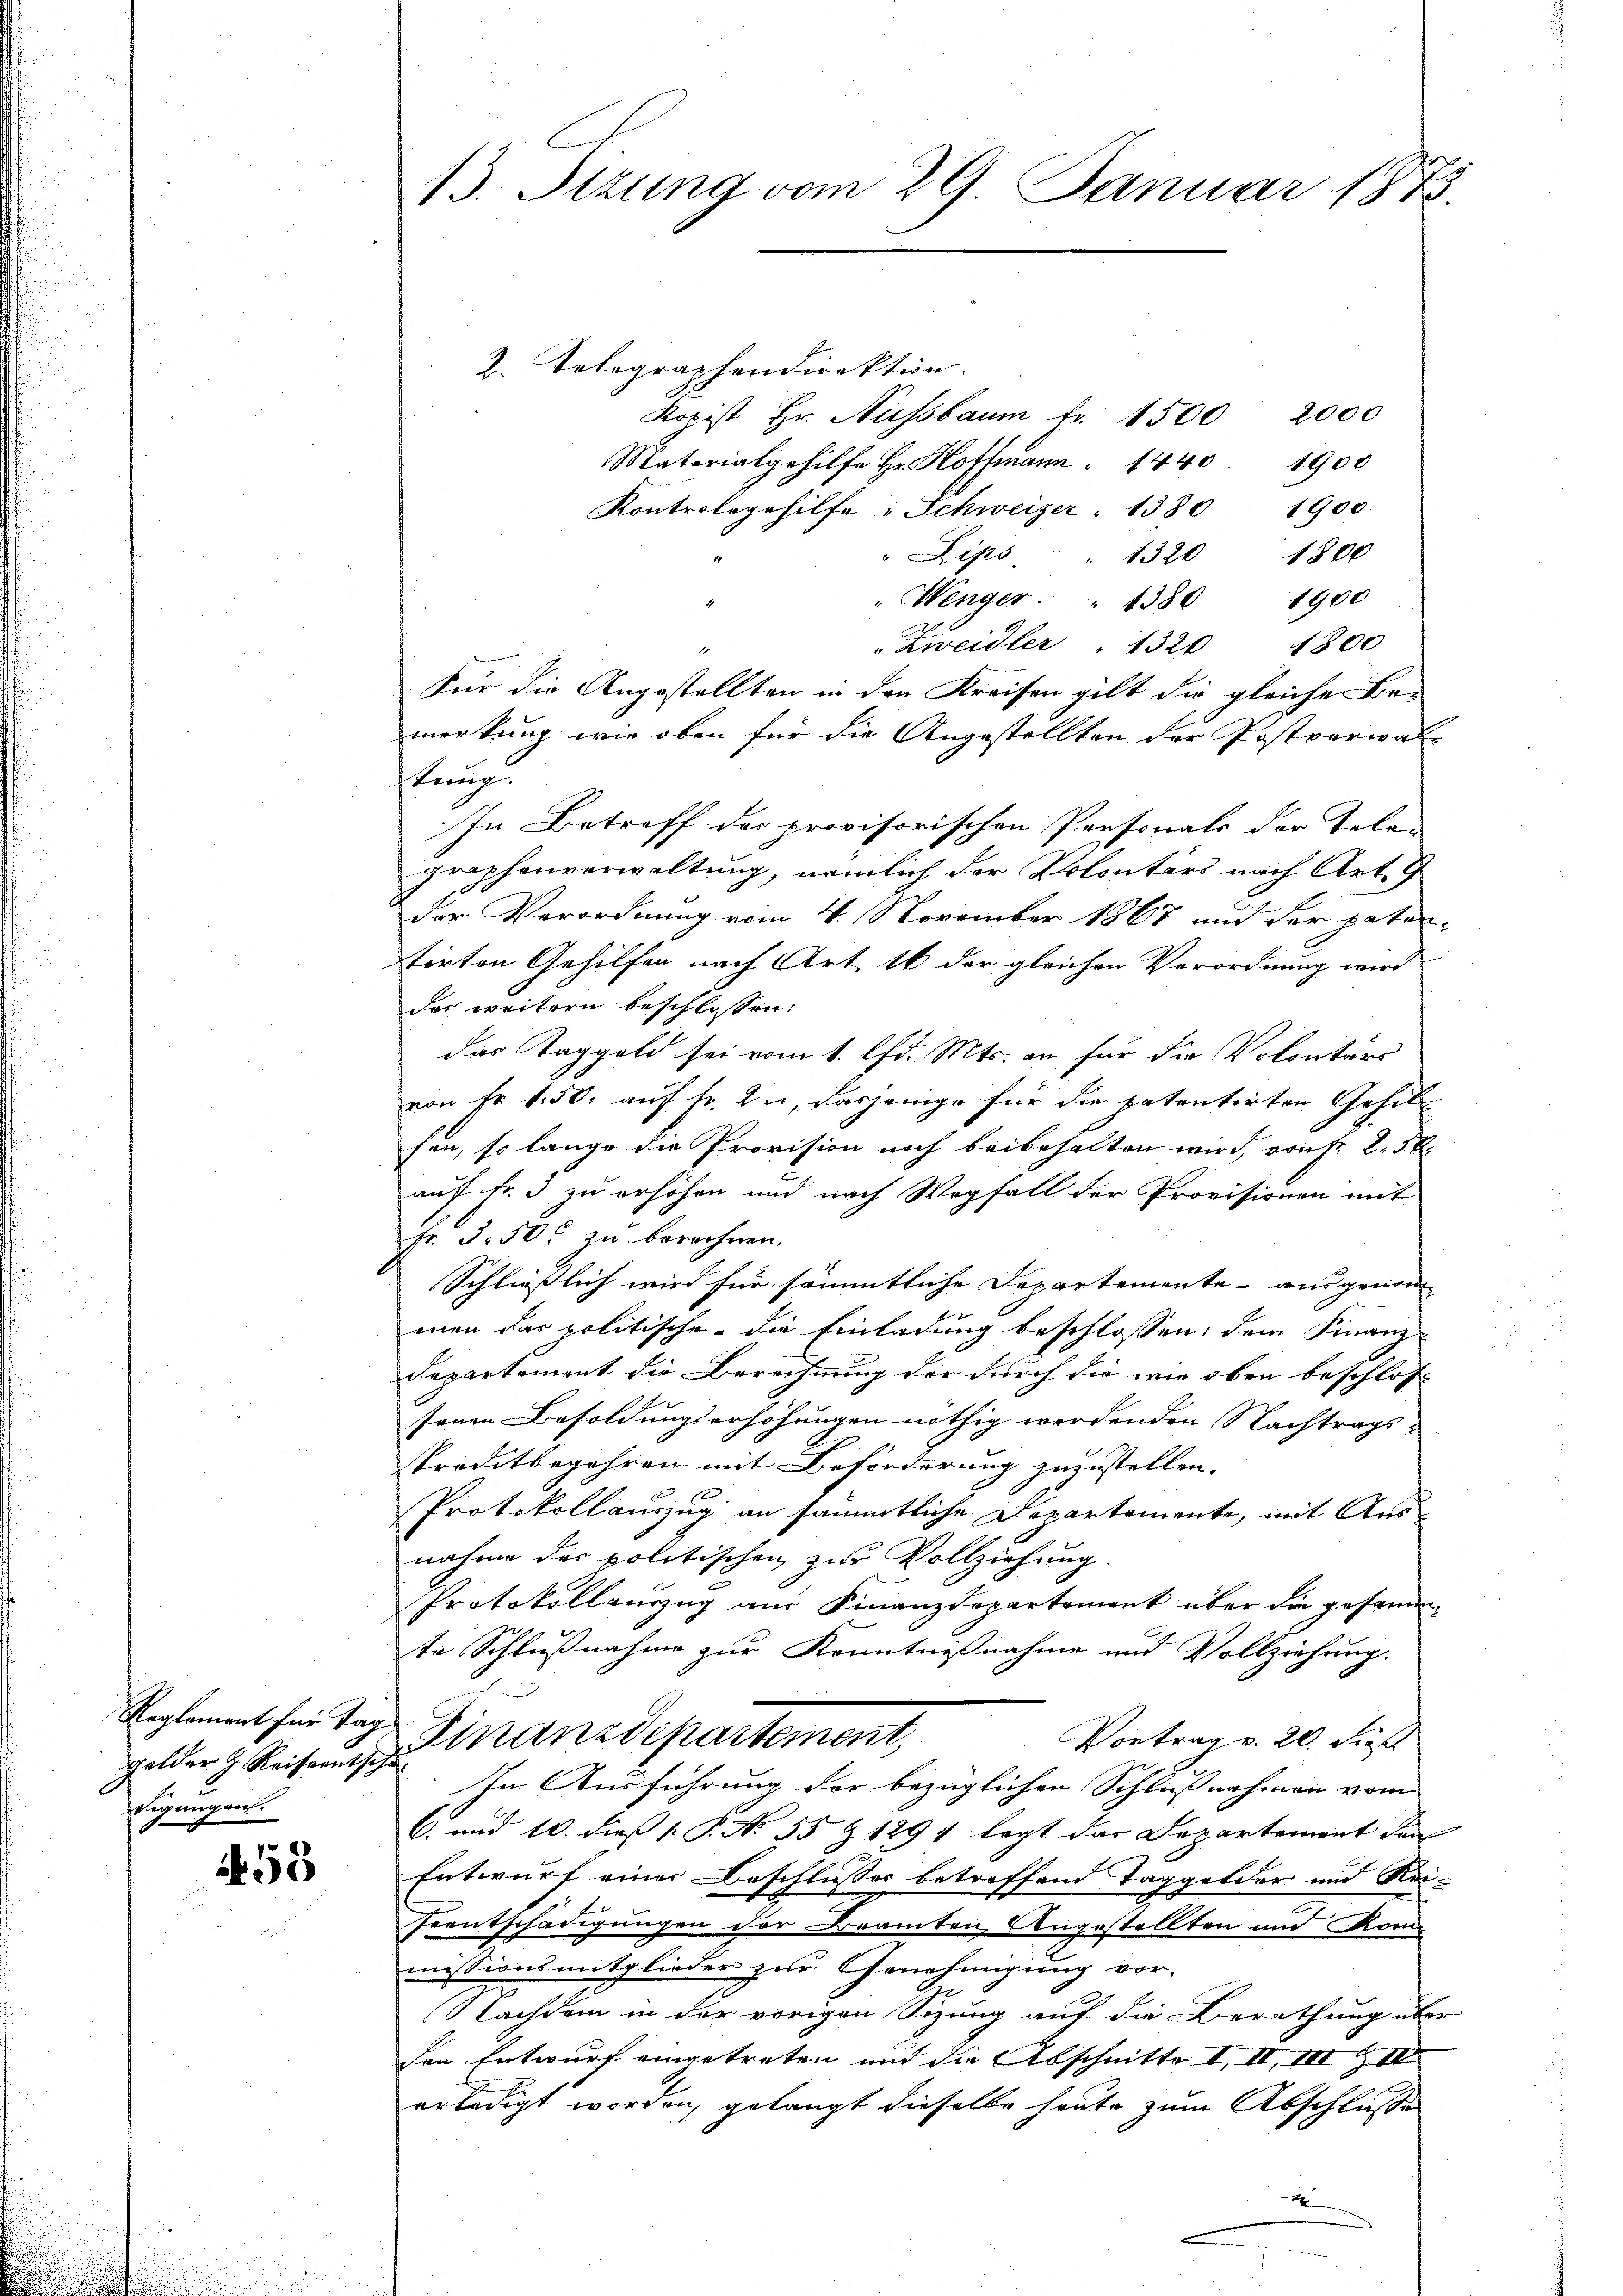
gelder h. Reiseentsche
Sigungen.

53

2. Telegraphendirektion.
kopist Hr. Aussbaum fr. 1500 2000
M. Hofmann 1441900
Kontrologehilfe "Schweizer. 1380 1900.
Lips " 1320 1800
"Wenger . " 1380 1900
 Zweidler " 1320 1800
1
Für die Angestellten in den Kreisen gilt die gleiche Be-
merkung, wie oben für die Angestellten der Postverwal
stung
In Betreff der provisorischen Personals der Tele-
grophenverwaltung, nämlich der Konters nach Art. 7
der Verordnung vom 4. November 1867 und der patentirten Gehilfen nach Art. 16 der gleichen Verordnung wird
der weitern beschlossen:
das Taggeld sei vom 1. lfd. Mts. en für die Volontars
von Fr. 150. auf Fr. zu, dasjenige für die patentirten Gehilhen, so lange die Provision noch beibehalten wird, von Fr. 2. 5
auf Fr. 3 zu erhöhen und nach Wegfall der Provisionen mit
Fr. 3. 500 zu berechnen.
Schließlich wird für sämmtliche Departemente - ausgenom
men das politische die Einladung beschlossen: dem Finanz-
Departement die Berechnung der durch die wie oben beschlos
sonen Besoldungserhöhungen nöthig werdenden Nachtrags-
spreditbegehren mit Beförderung zuzustellen.
Protokollauszug an sämmtliche Departemente, mit Ausnahme des politischen zur Vollziehung.
Protokollauszug aus Finanzdepartement über die gesamm
te Schlußnahme zur Kenntnißnahme und Vollziehung.
Reglement für Tage Finanzdepartement,
Vortrag v. 20. Fies
In Ausführung der bezüglichen Schlußnahmen vom
6. und 10. dieß P. No. 55 § 1297 legt das Departement den
Entwurf einer Beschlusses betreffend Taggelder und Rei-
Feentschädigungen der Bramten Angestellten und Kommissionsmitglieder zur Genehmigung vor-
Nachdem in der vorigen Sizung auf die Berathung über
von Entwurf eingetreten und die Abschnitte I. II, III S. III.
erledigt worden, gelangt dieselbe heute zum Abschlusse
A

13. Setzung vom 29. Januar 1873.